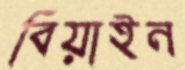
বিয়াইন